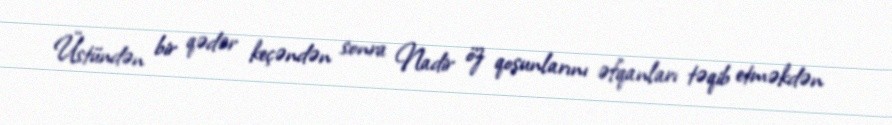
Üstündən bir qədər keçəndən sonra Nadir öz qoşunlarını əfqanları təqib etməkdən